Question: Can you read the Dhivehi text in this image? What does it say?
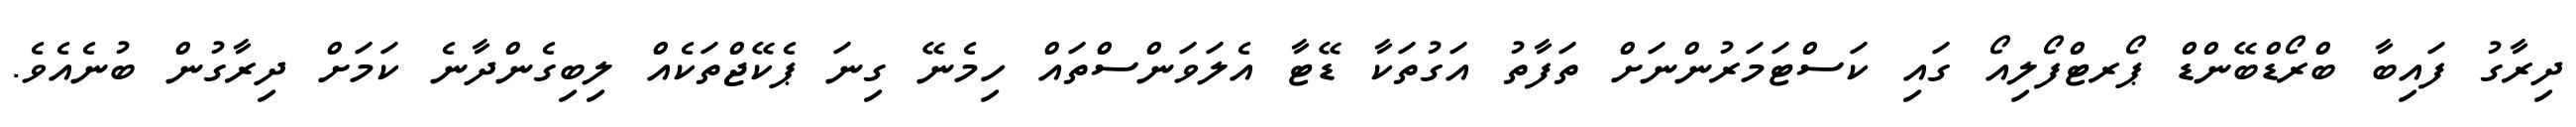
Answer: ދިރާގު ފައިބާ ބްރޯޑްބޭންޑް ޕޯރޓްފޯލިއޯ ގައި ކަސްޓަމަރުންނަށް ތަފާތު އަގުތަކާ ޑޭޓާ އެލަވަންސްތައް ހިމެނޭ ގިނަ ޕެކޭޖްތަކެއް ލިބިގެންދާނެ ކަމަށް ދިރާގުން ބުނެއެވެ.